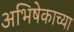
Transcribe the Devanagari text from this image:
अभिषेकाच्या